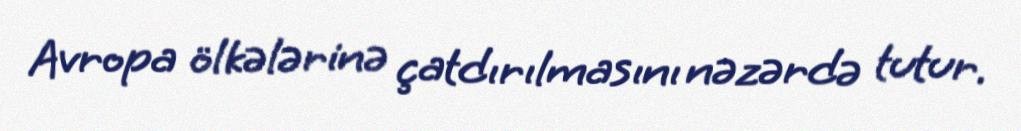
Avropa ölkələrinə çatdırılmasını nəzərdə tutur.